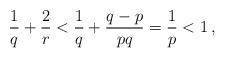
LaTeX: \begin{align*} \frac1q + \frac2r <\frac{1}{q} + \frac{q-p}{pq} = \frac1p < 1\,,\end{align*}